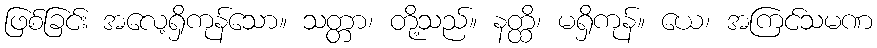
ဖြစ်ခြင်း အလေ့ရှိကုန်သော။ သတ္တာ၊ တို့သည်။ နတ္ထိ၊ မရှိကုန်။ ယေ၊ အကြင်သမဏ